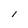
Character: I